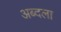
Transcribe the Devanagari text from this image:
अब्दला